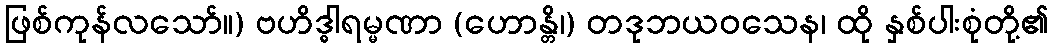
ဖြစ်ကုန်လသော်။) ဗဟိဒ္ဓါရမ္မဏာ (ဟောန္တိ၊) တဒုဘယဝသေန၊ ထို နှစ်ပါးစုံတို့၏